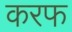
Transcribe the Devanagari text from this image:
करफ